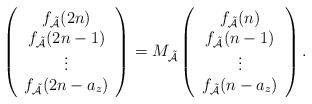
\begin{align*}\left(\begin{array}{c}f_{\mathcal{\tilde{A}}}(2n)\\f_{\mathcal{\tilde{A}}}(2n-1)\\\vdots\\f_{\mathcal{\tilde{A}}}(2n-a_z)\end{array}\right)=M_{\mathcal{\tilde{A}}}\left(\begin{array}{c}f_{\mathcal{\tilde{A}}}(n)\\f_{\mathcal{\tilde{A}}}(n-1)\\\vdots\\f_{\mathcal{\tilde{A}}}(n-a_z)\end{array}\right).\end{align*}